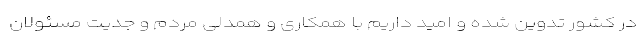
در کشور تدوین شده و امید داریم با همکاری و همدلی مردم و جدیت مسئولان